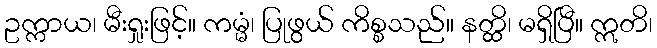
ဥက္ကာယ၊ မီးရှုးဖြင့်။ ကမ္မံ၊ ပြုဖွယ် ကိစ္စသည်။ နတ္ထိ၊ မရှိပြီ။ ဣတိ၊